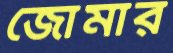
জোমার